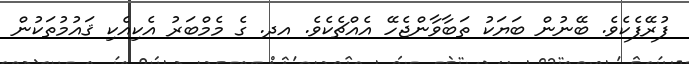
ފުރޭފެކެވެ. ބޭނުން ބަޔަކު ތަބާވާންޖެހޭ އެއްޗެކެވެ. އދ. ގެ މެމްބަރު އެކިއެކި ޤައުމުތަކުން